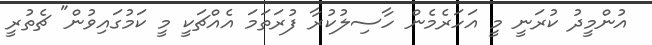
އުންމީދު ކުރަނީ މީ އަހަރެމެން ހާސިލުކުރާ ފުރަތަމަ އެއްޗަކީ މީ ކަމުގައިވުން" ޗެތުރީ